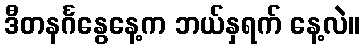
ဒီတနင်္ဂနွေနေ့က ဘယ်နှရက် နေ့လဲ။